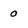
Character: 0